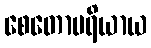
စေတောပရိယာယ